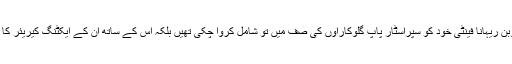
اب بارباڈوس کی روبن ریہانا فینٹی خود کو سپراسٹار پاپ گلوکاراؤں کی صف میں تو شامل کروا چکی تھیں بلکہ اس کے ساتھ ان کے ایکٹنگ کیریئر کا آغاز بھی ہوچکا تھا۔